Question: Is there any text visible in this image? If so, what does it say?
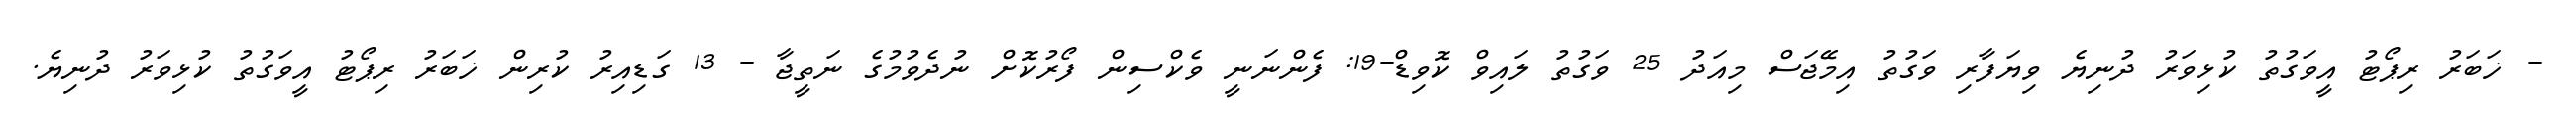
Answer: - ޚަބަރު ރިޕޯޓު އީވަގުތު ކުޅިވަރު ދުނިޔެ ވިޔަފާރި ވަގުތު އިމޭޖަސް މިއަދު 25 ވަގުތު ލައިވް ކޮވިޑް-19: ފެންނަނީ ވެކްސިން ފޯރުކޮށް ނުދެވުމުގެ ނަތީޖާ - 13 ގަޑިއިރު ކުރިން ޚަބަރު ރިޕޯޓު އީވަގުތު ކުޅިވަރު ދުނިޔެ.